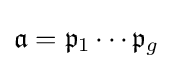
{\mathfrak {a}}={\mathfrak {p}}_{1}\cdots {\mathfrak {p}}_{g}